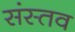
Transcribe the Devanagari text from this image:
संस्तव